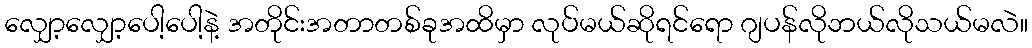
လျှော့လျှော့ပေါ့ပေါ့နဲ့ အတိုင်းအတာတစ်ခုအထိမှာ လုပ်မယ်ဆိုရင်ရော ဂျပန်လိုဘယ်လိုသယ်မလဲ။